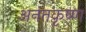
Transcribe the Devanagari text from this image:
अनंतकृष्ण